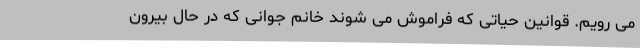
می رویم. قوانین حیاتی که فراموش می شوند خانم جوانی که در حال بیرون